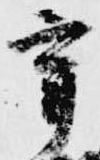
宰